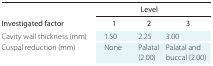
| <ROWSPAN=2> Investigated factor |  | Level |  |  |
 | 1 | 2 | <COLSPAN=2> 3 |
 | --- | --- | --- | --- | --- |
 | Cavity wall thickness (mm) | 1.50 | 2.25 | <COLSPAN=2> 3.00 |
 | Cuspal reduction (mm) | None | Palatal (2.00) | <COLSPAN=2> Palatal and buccal (2.00) |